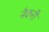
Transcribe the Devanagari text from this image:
नैकरी